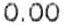
0.00